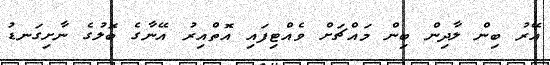
އޭރު ބިން ލާދިން ބިން މައްޗަށް ވެއްޓިފައި އޮތްއިރު އޭނާގެ ބޮލުގެ ނާށިގަނޑު